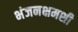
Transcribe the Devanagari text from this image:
भंजनक्षमशी